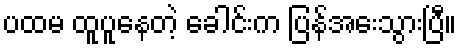
ပထမ ထူပူနေတဲ့ ခေါင်းက ပြန်အေးသွားပြီ။